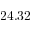
2 4 . 3 2